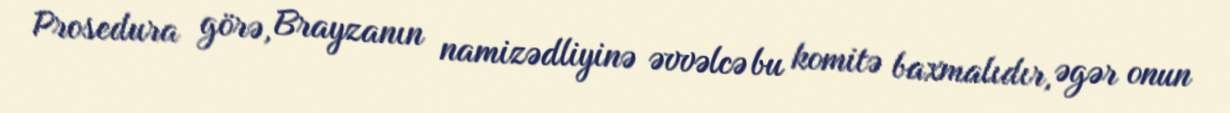
Prosedura görə, Brayzanın namizədliyinə əvvəlcə bu komitə baxmalıdır, əgər onun